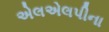
એલએલપીના